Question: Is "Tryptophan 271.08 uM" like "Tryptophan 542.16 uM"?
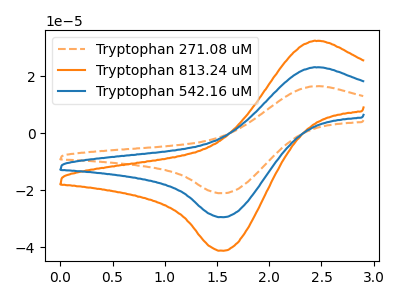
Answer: <think>The orange dashed curve "Tryptophan 271.08 uM" has an anodic peak at (2.45V, 16.60uA) and a cathodic peak at (1.55V, -21.05uA). The orange curve "Tryptophan 813.24 uM" has an anodic peak at (2.45V, 46.45uA) and a cathodic peak at (1.55V, -58.90uA). The blue curve "Tryptophan 542.16 uM" has an anodic peak at (2.45V, 23.20uA) and a cathodic peak at (1.55V, -29.45uA).
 All the peaks in "Tryptophan 271.08 uM" have a peak in "Tryptophan 542.16 uM" at the same potential. Every peak in "Tryptophan 271.08 uM" is lower than every peak in "Tryptophan 542.16 uM".</think>
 <answer>"Tryptophan 271.08 uM" and "Tryptophan 542.16 uM" are similar in shape.</answer>
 <eval>same_shape</eval>